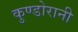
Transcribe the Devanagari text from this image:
कुण्‍डोरानी